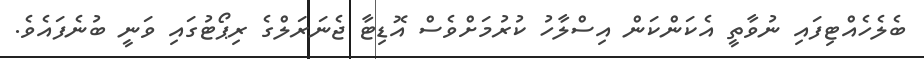
ބެލެހެއްޓިފައި ނުވާތީ އެކަންކަން އިސްލާހު ކުރުމަށްވެސް އޮޑިޓާ ޖެނަރަލްގެ ރިޕޯޓުގައި ވަނީ ބުނެފައެވެ.